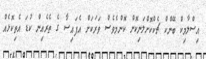
އިސްލާމިކް ބޭންކް ޗެކްކޮށްލަނިކޮށް ކޮންމެވެސް ވަރަކަށް އެފައިސާ ގެ ތެރެއިން ކުޑަ އެތިކޮޅެއް